Annual administration report of the Civil Veterinary Department of India - 1893-1894
Year: 1893
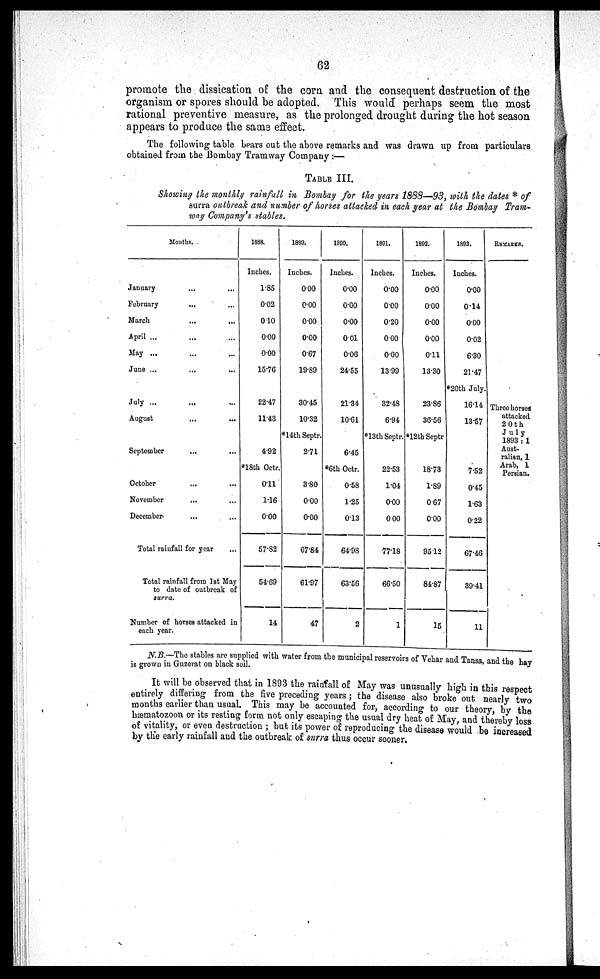
62
promote the dissication of the corn and the consequent destruction of the
organism or spores should be adopted. This would perhaps seem the most
rational preventive measure, as the prolonged drought during the hot season
appears to produce the same effect.
The following table bears out the above remarks and was drawn up from particulars
obtained from the Bombay Tramway Company:—
TABLE III.
Showing the monthly rainfall in Bombay for the years 1888-—93, with the dates * of
surra outbreak and number of horses attacked in each year at the Bombay Tram-
way Company's stables.
Months.
January ... ...
February ... ...
March
...
...
April ... ...
May ...
...
...
June ... .... ...
July ... ... ...
August ... ...
September ... ...
October ... ...
November ... ...
December ... ...
Total rainfall for year ...
Total rainfall from 1st May
to date of outbreak of
surra.
Number of horses attacked in
each year.
1888.
Inches.
1.85
0.02
010
0.00
0.00
15.76
22.47
11.43
4.92
*18th Octr.
0.11
1.16
000
57.82
54.69
14
1889.
Inches.
0.00
0.00
0.00
0.00
0.67
19.89
30.45
10.32
*14th Septr-
2.71
3.80
0.00
0.00
67.84
61.97
47
1890.
Inches.
0.00
0.00
0.00
001
0.06
24.55
21.34
10.61
6.45
*6th Octr.
0.58
1.25
0.13
64.98
63.56
2
1891.
Inches.
0.00
0.00
0.20
000
0.00
13.99
32.48
6.94
*13thSeptr.
22.53
1.04
0.00
0.00
77.18
66.50
1
1892.
Inches.
0.00
0.00
0.00
0.00
0.11
13.30
23.86
36.56
*12thSeptr
18.73
1.89
0.67
0.00
95.12
84.87
15
1893.
Inches.
0.00
0.14
0.00
0.02
6.30
21.47
*20th July.
16.14
13.57
7.52
0.45
1.63
0.22
67.46
39.41
11
REMARKS.
Three horse*
attacked
20th
July
1893:1
Aust-
ralian, 1
Arab, 1
Persian.
N.B.—The stables are supplied with water from the municipal reservoirs of Vehar and Tansa, and the hay
is grown in Guzerat on black soil.
It will be observed that in 1893 the rainfall of May was unusually high in this respect
entirely differing from the five preceding years; the disease also broke out nearly two
months earlier than usual. This may be accounted for, according to our theory, by the
hæmatozoon or its resting form not only escaping the usual dry heat of May, and thereby loss
of vitality, or even destruction; but its power of reproducing the disease would be increased
by the early rainfall and the outbreak of surra thus occur sooner.